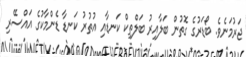
ޖަރުމަނެވެ. ބޯޑަރުގެ ގޮތުން ބަލާއިރު ބަލްތިކް ކަނޑާއި އުތުރު ކަނޑާ ޑެންމާކުގެ އައްސޭރި